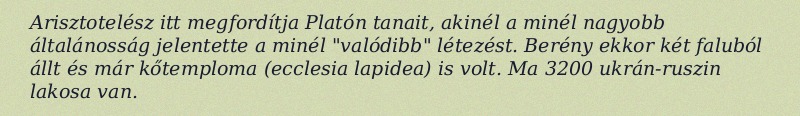
Arisztotelész itt megfordítja Platón tanait, akinél a minél nagyobb általánosság jelentette a minél "valódibb" létezést. Berény ekkor két faluból állt és már kőtemploma (ecclesia lapidea) is volt. Ma 3200 ukrán-ruszin lakosa van.